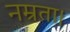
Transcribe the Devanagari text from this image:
नम्रता।